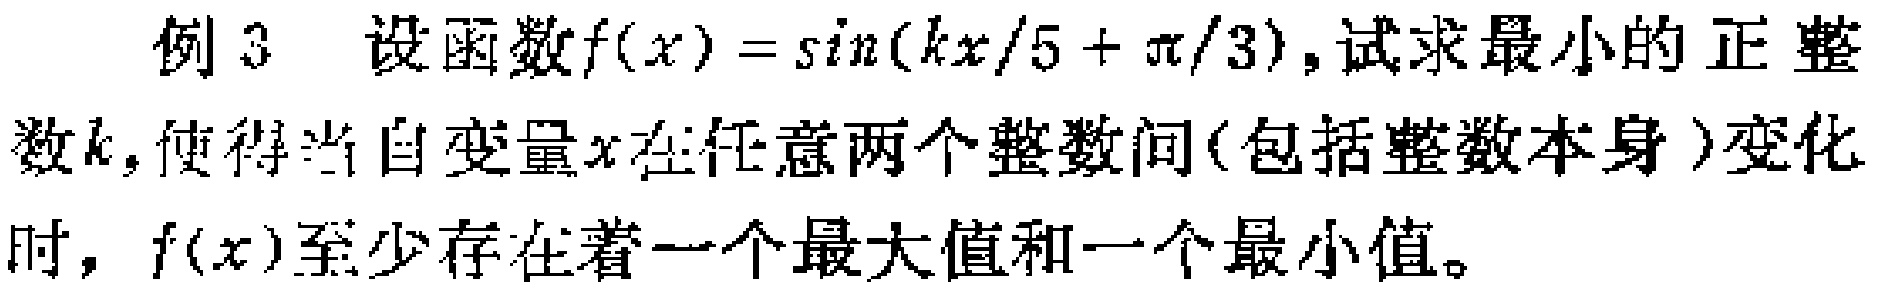
例3 设函数\(f(x)=\sin(kx/5 + \pi/3)\)，试求最小的正整数\(k\)，使得当自变量\(x\)在任意两个整数间（包括整数本身）变化时，\(f(x)\)至少存在着一个最大值和一个最小值。